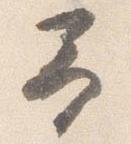
予